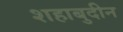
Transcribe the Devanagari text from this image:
शहाबुदीन